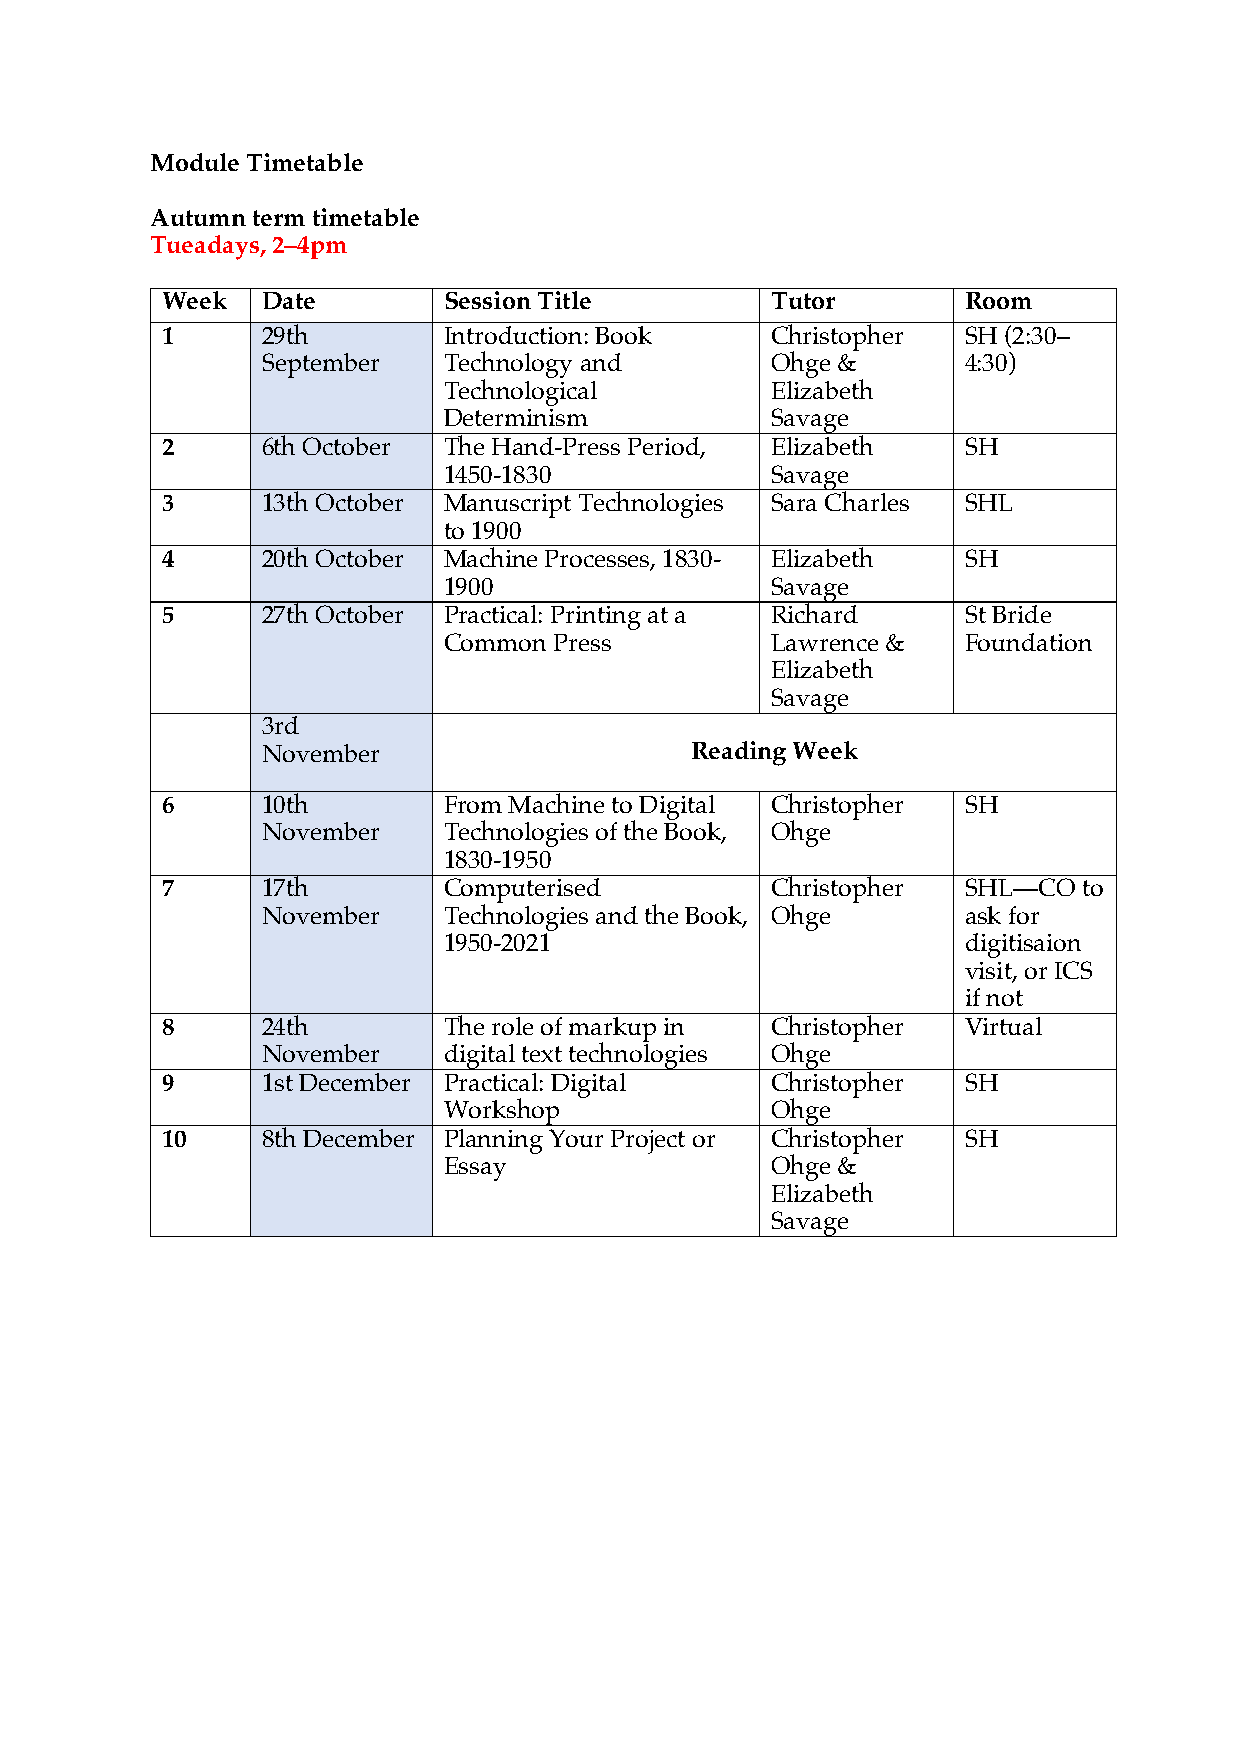
Module Timetable
 Autumn term timetable
 Tueadays, 2–4pm
 Week  Date        Session Title         Tutor        Room
 1     29th        Introduction: Book    Christopher  SH (2:30–
 September   Technology and        Ohge &       4:30)
 Technological         Elizabeth
 Determinism           Savage
 2     6th October The Hand-Press Period, Elizabeth   SH
 1450-1830             Savage
 3     13th October Manuscript Technologies Sara Charles SHL
 to 1900
 4     20th October Machine Processes, 1830- Elizabeth SH
 1900                  Savage
 5     27th October Practical: Printing at a Richard  St Bride
 Common  Press         Lawrence &   Foundation
 Elizabeth
 Savage
 3rd
 November                     Reading Week
 6     10th        From Machine to Digital Christopher SH
 November    Technologies of the Book, Ohge
 1830-1950
 7     17th        Computerised          Christopher  SHL—CO  to
 November    Technologies and the Book, Ohge    ask for
 1950-2021                          digitisaion
 visit, or ICS
 if not
 8     24th        The role of markup in Christopher  Virtual
 November    digital text technologies Ohge
 9     1st December Practical: Digital   Christopher  SH
 Workshop              Ohge
 10    8th December Planning Your Project or Christopher SH
 Essay                 Ohge &
 Elizabeth
 Savage